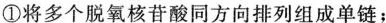
①将多个脱氧核苷酸同方向排列组成单链；